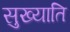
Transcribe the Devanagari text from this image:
सुख्याति